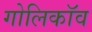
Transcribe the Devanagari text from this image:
गोलिकॉव